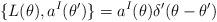
LaTeX: \begin{align*}\{L(\theta),a^I(\theta')\}=a^I(\theta)\delta'(\theta-\theta')\end{align*}